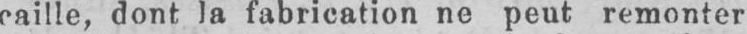
caille, dont la fabrication ne peut remonter